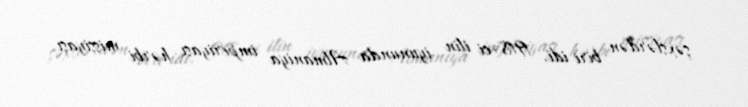
şəxslərdən biri idi. 1918-ci ilin iyununda Almaniya imperiyası hərbi missiyası